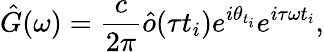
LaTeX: \hat{G}(\omega)=\frac{c}{2\pi}\hat{o}(\tau t_{i})e^{i\theta_{t_{i}}}e^{i\tau\omega t_{i}},